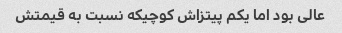
عالی بود اما یکم پیتزاش کوچیکه نسبت به قیمتش